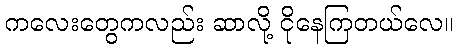
ကလေးတွေကလည်း ဆာလို့ ငိုနေကြတယ်လေ။